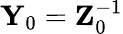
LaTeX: \mathbf{Y}_{0}=\mathbf{Z}_{\mathrm{0}}^{-1}